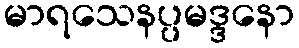
မာရသေနပ္ပမဒ္ဒနော